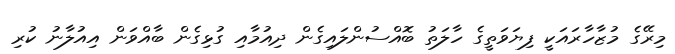
މިރޭގެ މުޒާހާރައަކީ ފިޔަވަތީގެ ހާލަތު ބޮއްސުންލައިގެން ދިއުމާއި ގުޅިގެން ބާއްވަން އިއުލާނު ކުރި